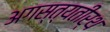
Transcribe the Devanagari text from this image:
अगस्त्यतीर्थ